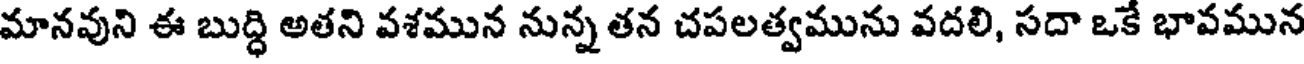
మానవుని ఈ బుద్ధి అతని వశమున నున్న తన చపలత్వమును వదలి, సదా ఒకే భావమున